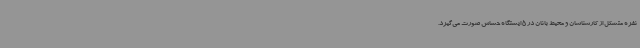
نفره متشکل از کارشناسان و محیط بانان در 5 ایستگاه حساس صورت می‌گیرد.